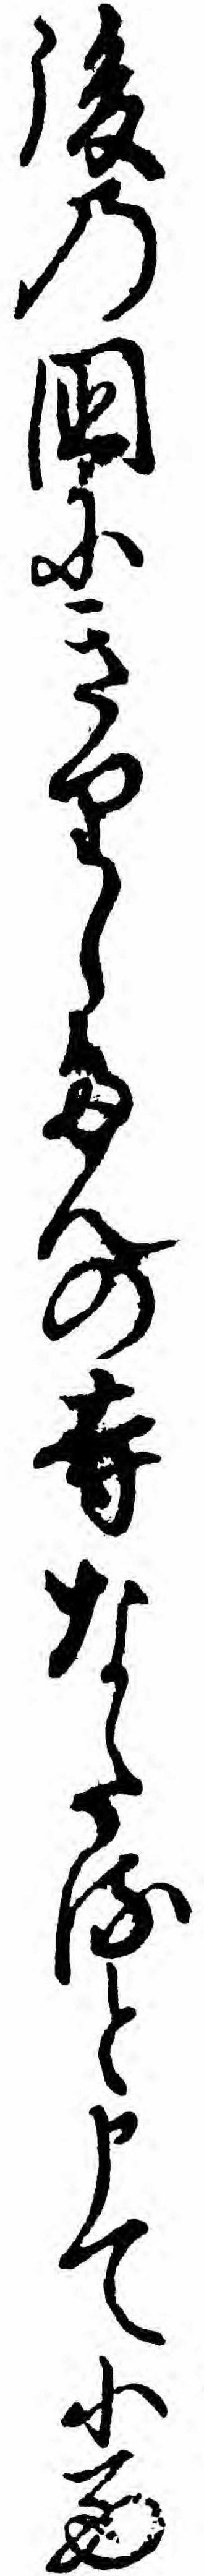
後の国にきりしたんの寺なたると申て小西